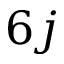
6 j